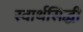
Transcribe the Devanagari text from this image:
स्वार्थसिद्धी